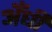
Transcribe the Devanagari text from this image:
अँधी